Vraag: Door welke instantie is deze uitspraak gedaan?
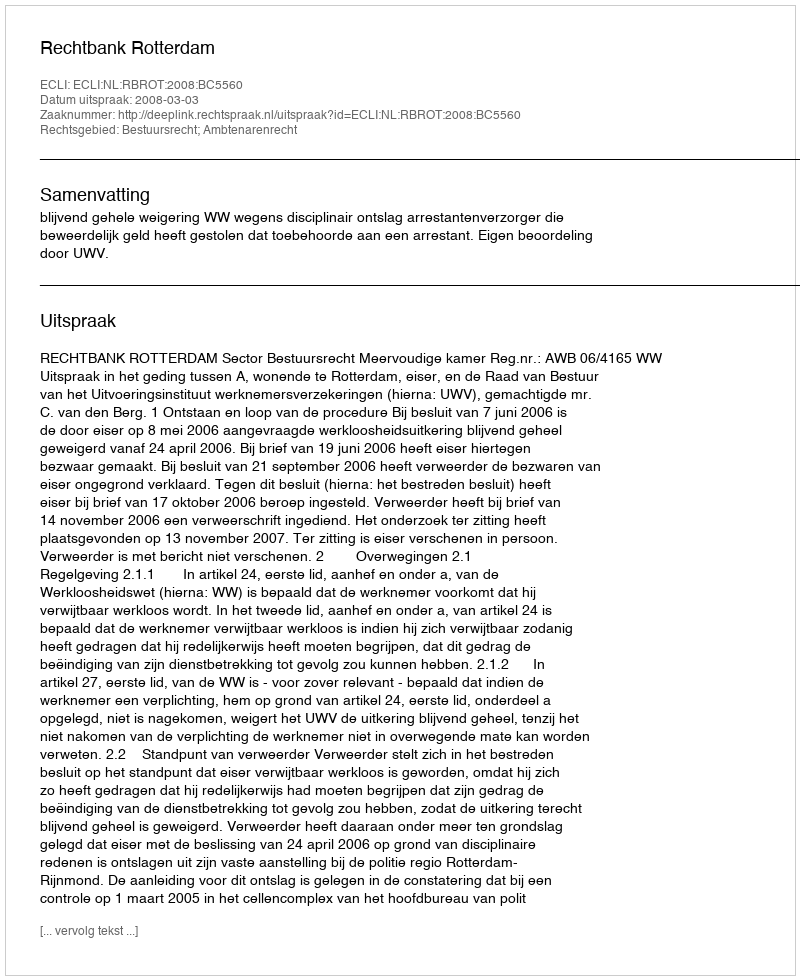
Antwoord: Rechtbank Rotterdam